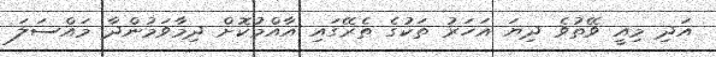
އަދި މިއީ ވޭތުވެ ދިޔަ އަހަރު ތަކުގެ ތެރޭގައި އާއްމުކޮށް ދިމާވަމުންދާ މައްސަލަ